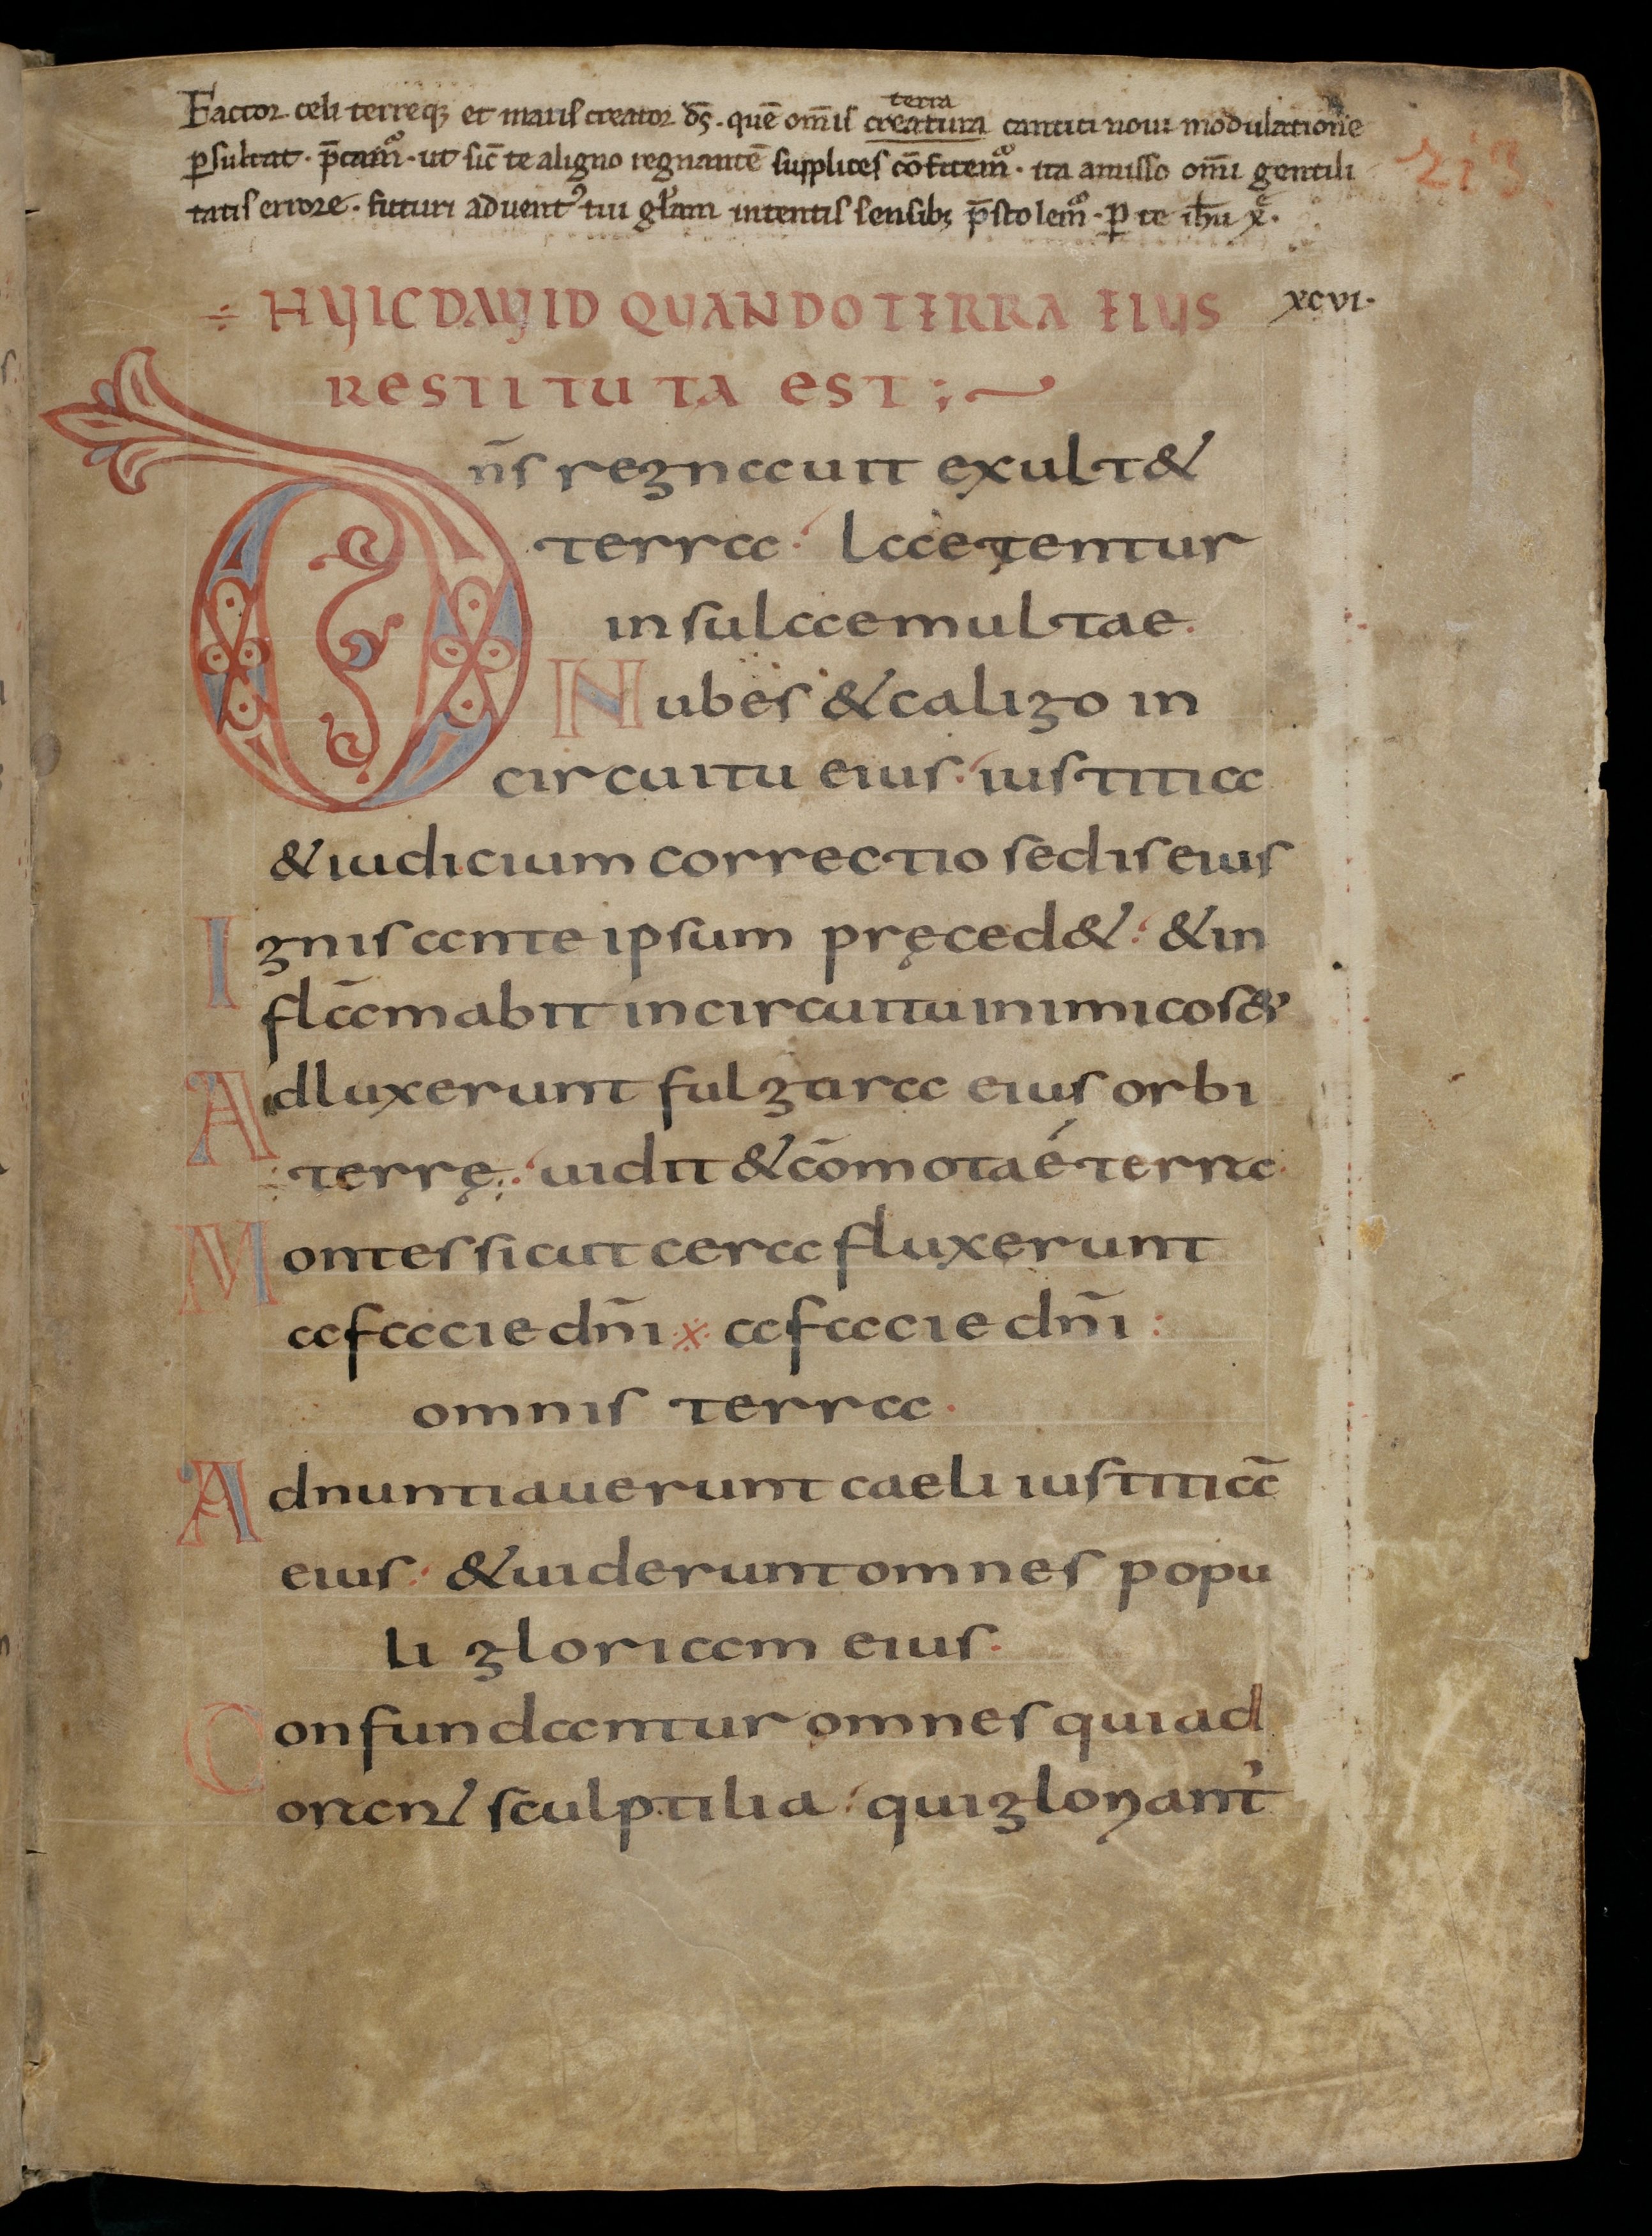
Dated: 800–845